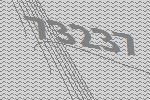
73237